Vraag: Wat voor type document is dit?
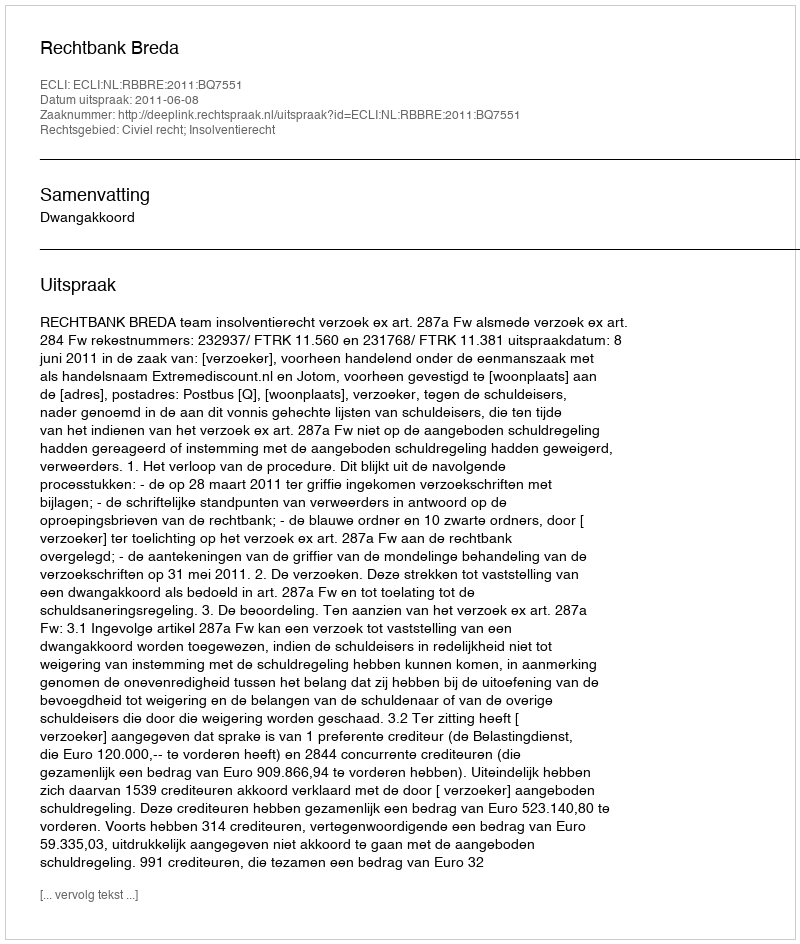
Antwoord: Uitspraak